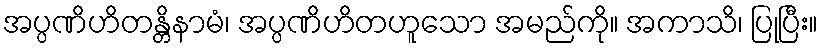
အပ္ပဏိဟိတန္တိနာမံ၊ အပ္ပဏိဟိတဟူသော အမည်ကို။ အကာသိ၊ ပြုပြီး။